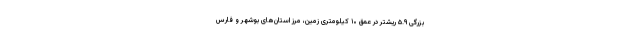
بزرگی ۵.۹ ریشتر در عمق ۱۰ کیلومتری زمین، مرز استان‌های بوشهر و فارس